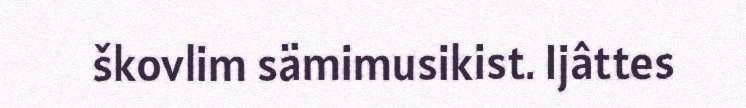
škovlim sämimusikist. Ijâttes